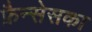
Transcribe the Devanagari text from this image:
फ्रैन्सेसका